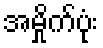
အမှိုက်ပုံး